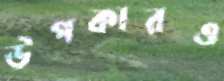
উপকারও